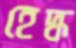
হেদ্ধ